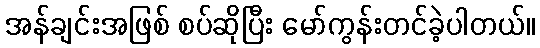
အန်ချင်းအဖြစ် စပ်ဆိုပြီး မော်ကွန်းတင်ခဲ့ပါတယ်။